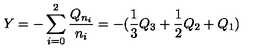
Y = - \sum _ { i = 0 } ^ { 2 } \frac { Q _ { n _ { i } } } { n _ { i } } = - ( \frac { 1 } { 3 } Q _ { 3 } + \frac { 1 } { 2 } Q _ { 2 } + Q _ { 1 } )